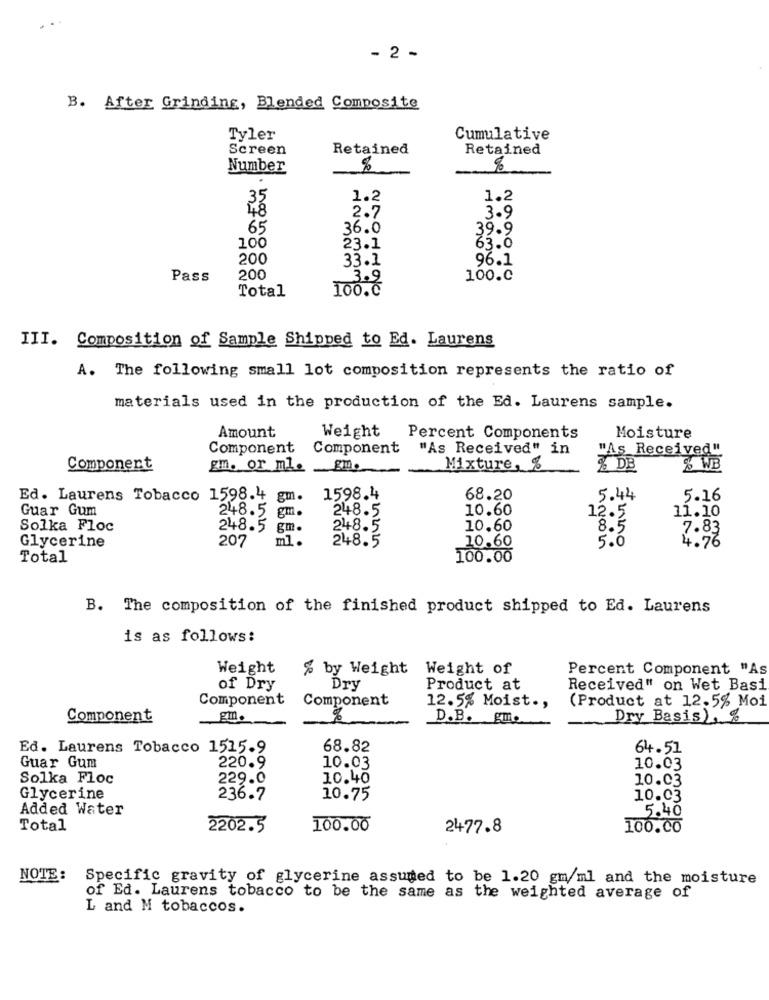
..
- 2 -
B. After Grinding, Blended Composite
Tyler
Cumulative
Screen
Retained
Retained
Number
1.2
1.2
3.9
2.7
65
36.0
39.9
100
23.1
63.0
200
33.1
96.1
Pass
200
3.9
100.0
Total
100.0
III. Composition of Sample Shipped to Ed. Laurens
A. The following small lot composition represents the ratio of
materials used in the production of the Ed. Laurens sample.
Amount
Weight
Percent Components
Moisture
Component
Component
"As Received" in
"As Received"
Component
gm. or ml.
Mixture, %
4 DB
% WB
Ed. Laurens Tobacco 1598.4 gm.
1598.4
68.20
5.44
5.16
Guar Gum
248.5
10.60
12.5
11.10
248.5 gm.
Solka Floc
248.5 gm.
248.5
10.60
7.83
Glycerine
207
ml.
248.5
10.60
5.0
4.76
Total
100.00
B. The composition of the finished product shipped to Ed. Laurens
is as follows:
Weight
% by Weight Weight of
Percent Component "As
of Dry
Dry
Product at
Received" on Wet Basi
Component
Component
12.5% Moist .,
(Product at 12.5% Moi
Component
%
D.B. gme
Dry Basis),%
Ed. Laurens Tobacco 1515.9
68.82
64.51
Guar Gum
220.9
10.03
10.03
Solka Floc
229.0
10.40
10.03
Glycerine
236.7
10.75
10.03
Added Water
5.40
Total
2202.5
100.00
2477.8
100.00
NOTE:
Specific gravity of glycerine assumed to be 1.20 gm/ml and the moisture
of Ed. Laurens tobacco to be the same as the weighted average of
L and M tobaccos.